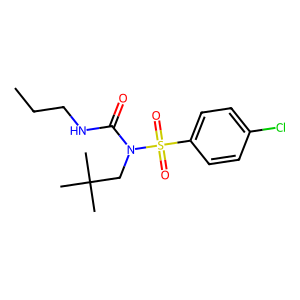
SMILES: CCCNC(=O)N(CC(C)(C)C)S(=O)(=O)c1ccc(Cl)cc1
Inhibits HIV replication: No